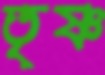
তৃষ্ণ